Source: Computer-generated
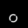
Digit: ၀ (0)